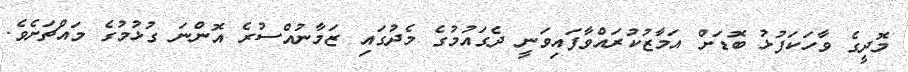
މޮދީގެ ވާހަކަފުޅު ބޮޑަށް އަމާޒުކުރައްވާފައިވަނީ ދެގައުމުގެ މެދުގައި ޒަމާނުއްސުރެ އޮންނަ ގުޅުމުގެ މައްޗަށެވެ.